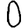
Digit: 0